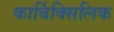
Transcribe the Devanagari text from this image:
कार्बिक्सिलिक